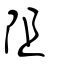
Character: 阻